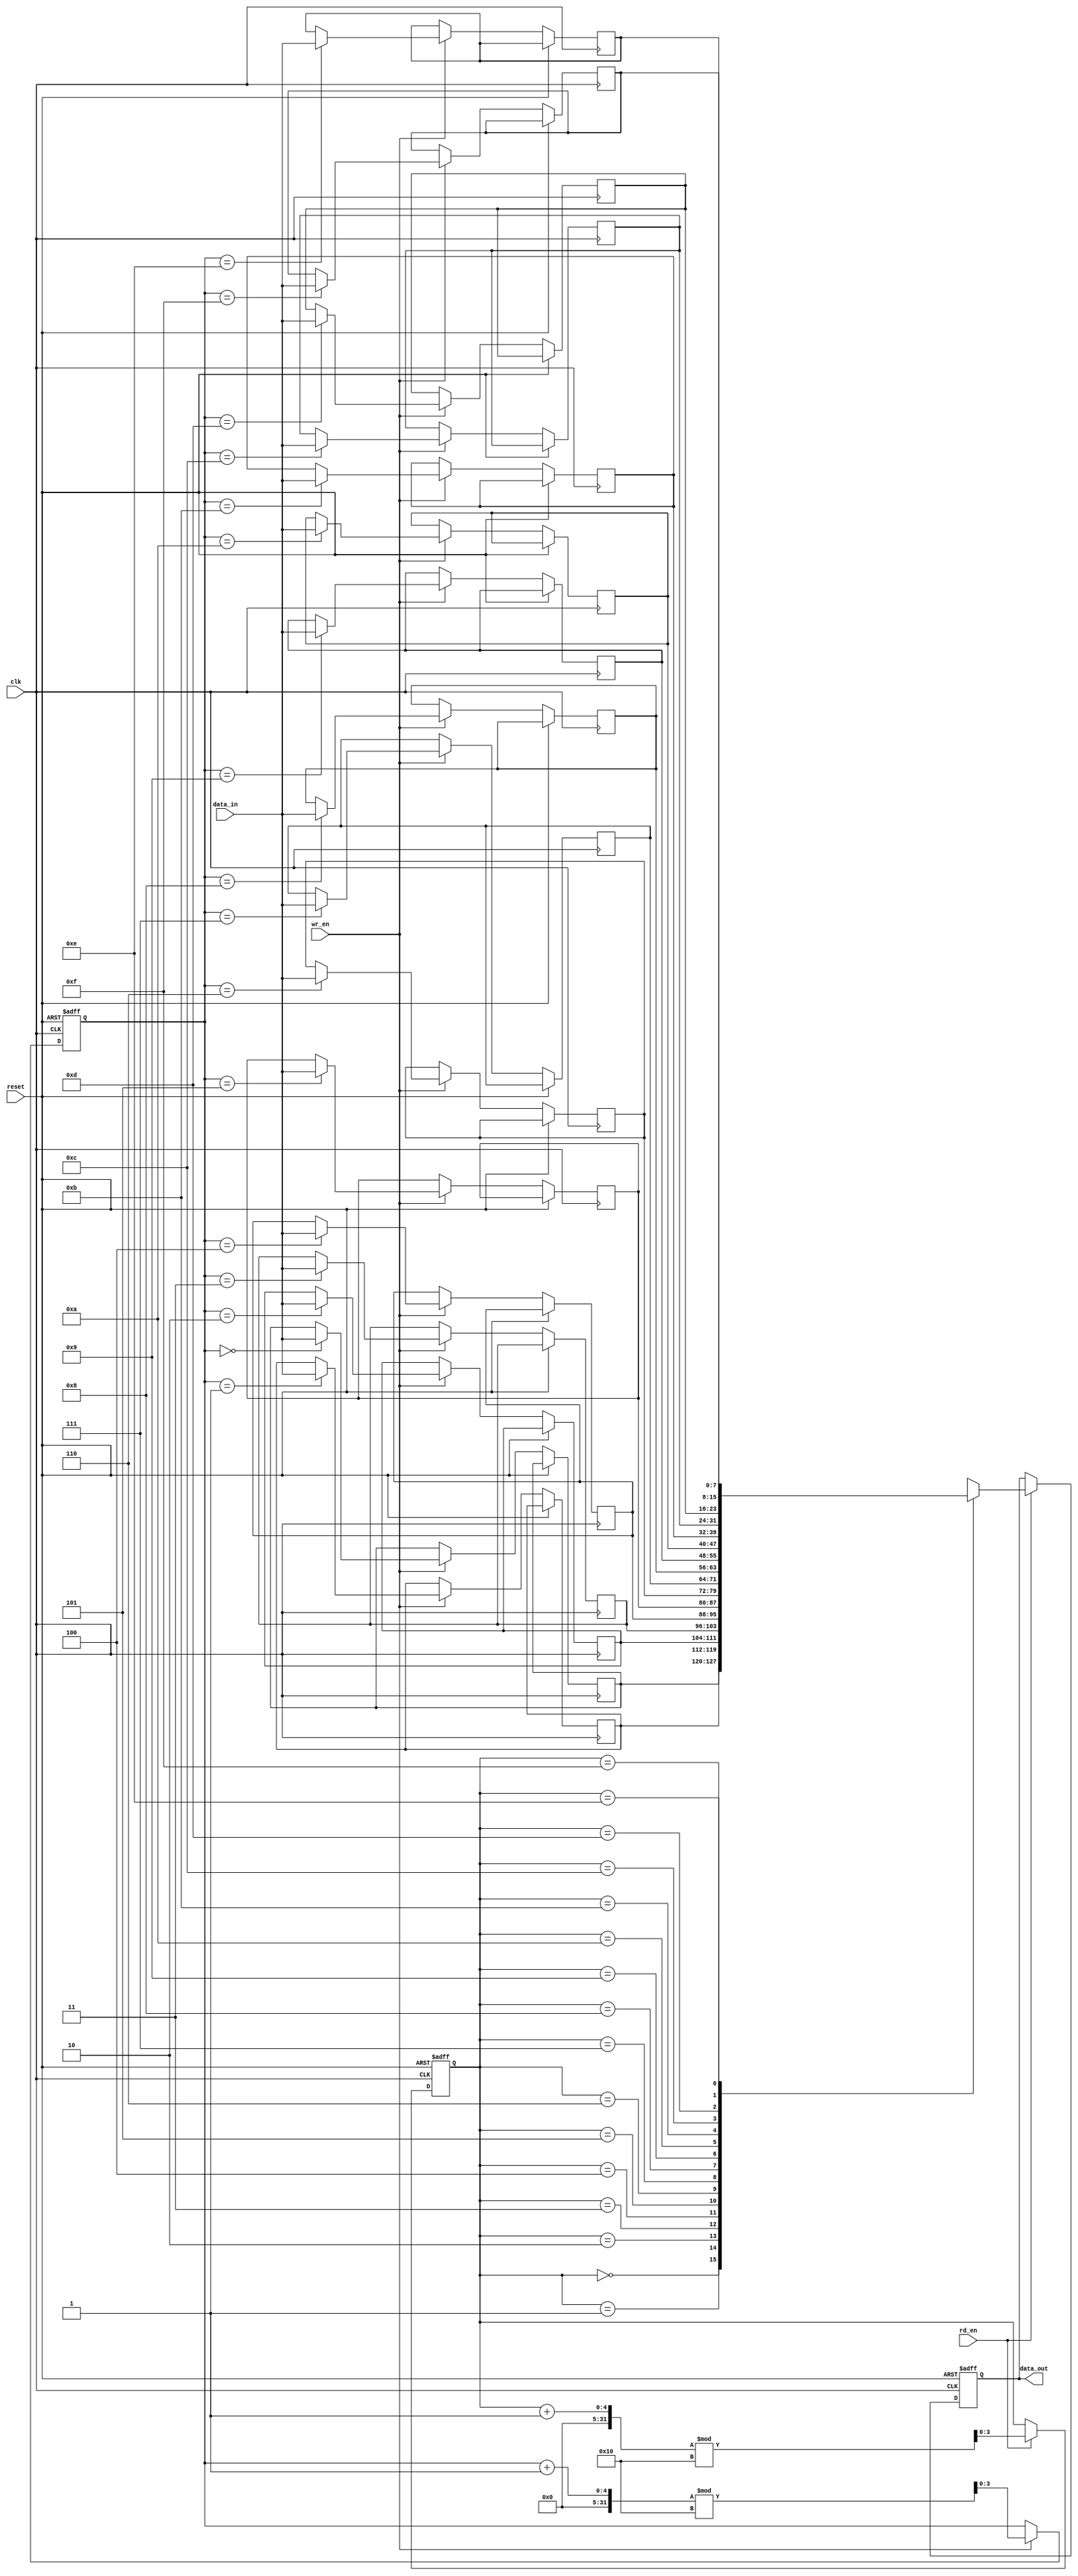
module gray_fifo (
    input wire clk,
    input wire reset,
    input wire wr_en,
    input wire rd_en,
    input wire [DATA_SIZE-1:0] data_in,
    output reg [DATA_SIZE-1:0] data_out
);

parameter ADDR_SIZE = 4; // Size of memory address
parameter DATA_SIZE = 8; // Size of data elements

reg [DATA_SIZE-1:0] memory [0:(2**ADDR_SIZE)-1]; // Memory array
reg [ADDR_SIZE-1:0] wr_ptr, rd_ptr; // Write and read pointers

always @(posedge clk or posedge reset) begin
    if (reset) begin
        wr_ptr <= 0;
        rd_ptr <= 0;
        data_out <= 0;
    end else begin
        if (wr_en) begin
            memory[wr_ptr] <= data_in;
            wr_ptr <= (wr_ptr + 1) % (2**ADDR_SIZE);
        end
        if (rd_en) begin
            data_out <= memory[rd_ptr];
            rd_ptr <= (rd_ptr + 1) % (2**ADDR_SIZE);
        end
    end
end

endmodule